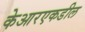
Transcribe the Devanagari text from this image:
केआरएकडील